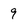
Character: 9